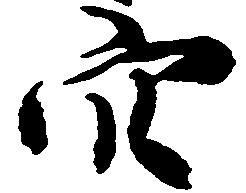
穴